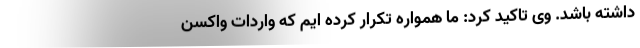
داشته باشد. وی تاکید کرد: ما همواره تکرار کرده ایم که واردات واکسن